Jarvakandi_vallavalitsus, lk 30
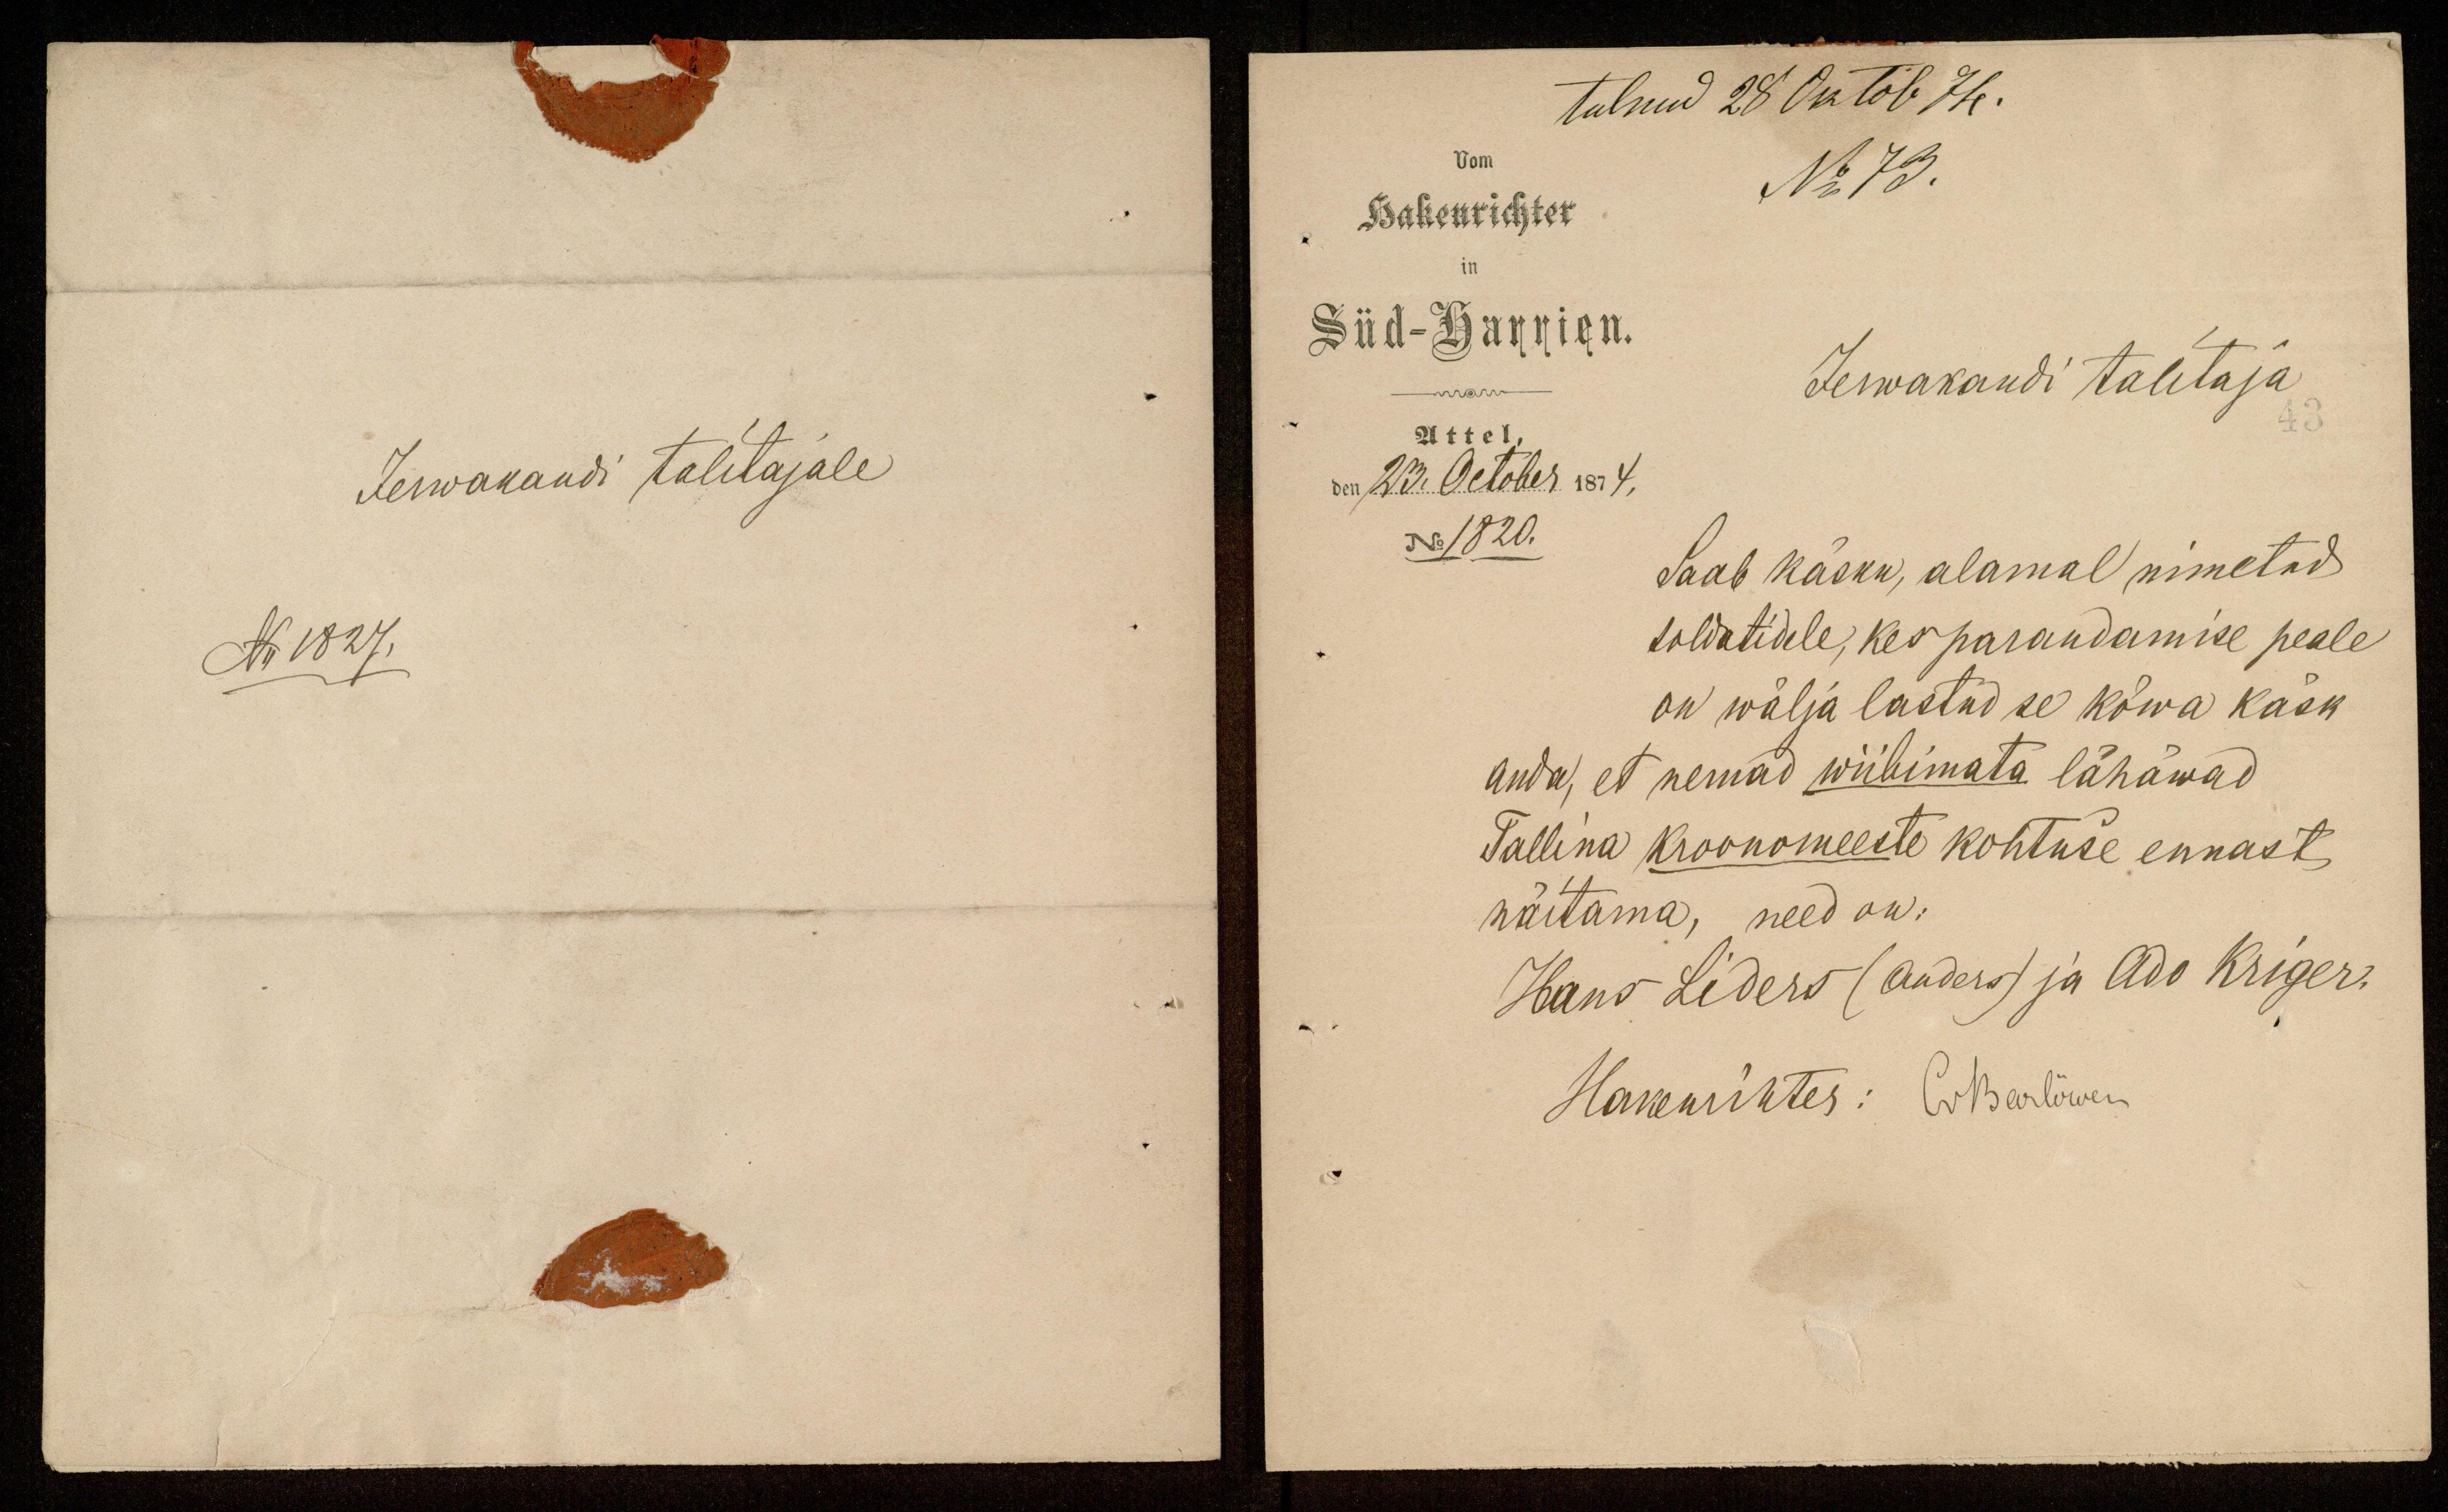
tulnud 28 Oktob 74.
No 73.
Hakenrichter
Süd-Harrien.
Jerwakandi talitaja
Attel,
den 23. October 1874.
No 1820.
Saab käsku, alamal nimetud
soldatidele, kes parandamise peale
on wälja lastud se kõwa käsk
anda, et nemad wiibimata lähäwad
Tallina kroonomeeste kohtuse ennast
näitama, need on:
Hans Liders (Anders) ja Ado Kriger.
Hakenrihter: Co Barlõwen

Jerwakandi talitajale
No 1827.